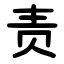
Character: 责